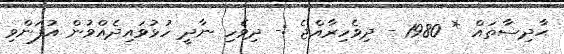
ޙާދިސާތައް * 1980 - ދިވެހިރާއްޖެ :- ދިވެހި ނާދީ ހުޅުވައިދެއްވުން އުފަންވި